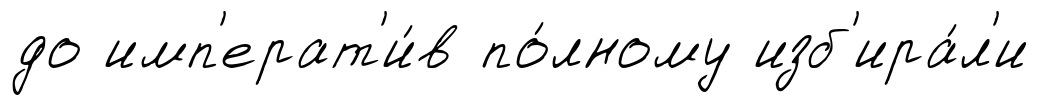
до имп'ерат'и́в по́лному изб'ира́л'и